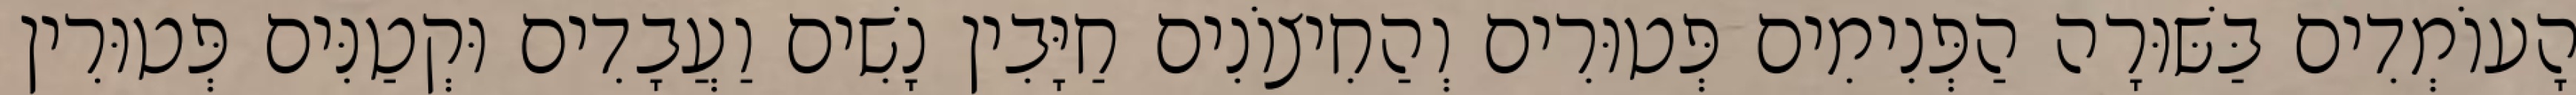
הָעוֹמְדִים בַּשּׁוּרָה הַפְּנִימִים פְּטוּרִים וְהַחִיצוֹנִים חַיָּבִין נָשִׁים וַעֲבָדִים וּקְטַנִּים פְּטוּרִין